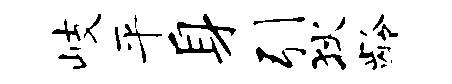
岐平身引狄龄